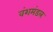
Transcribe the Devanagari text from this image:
वंशमंडल